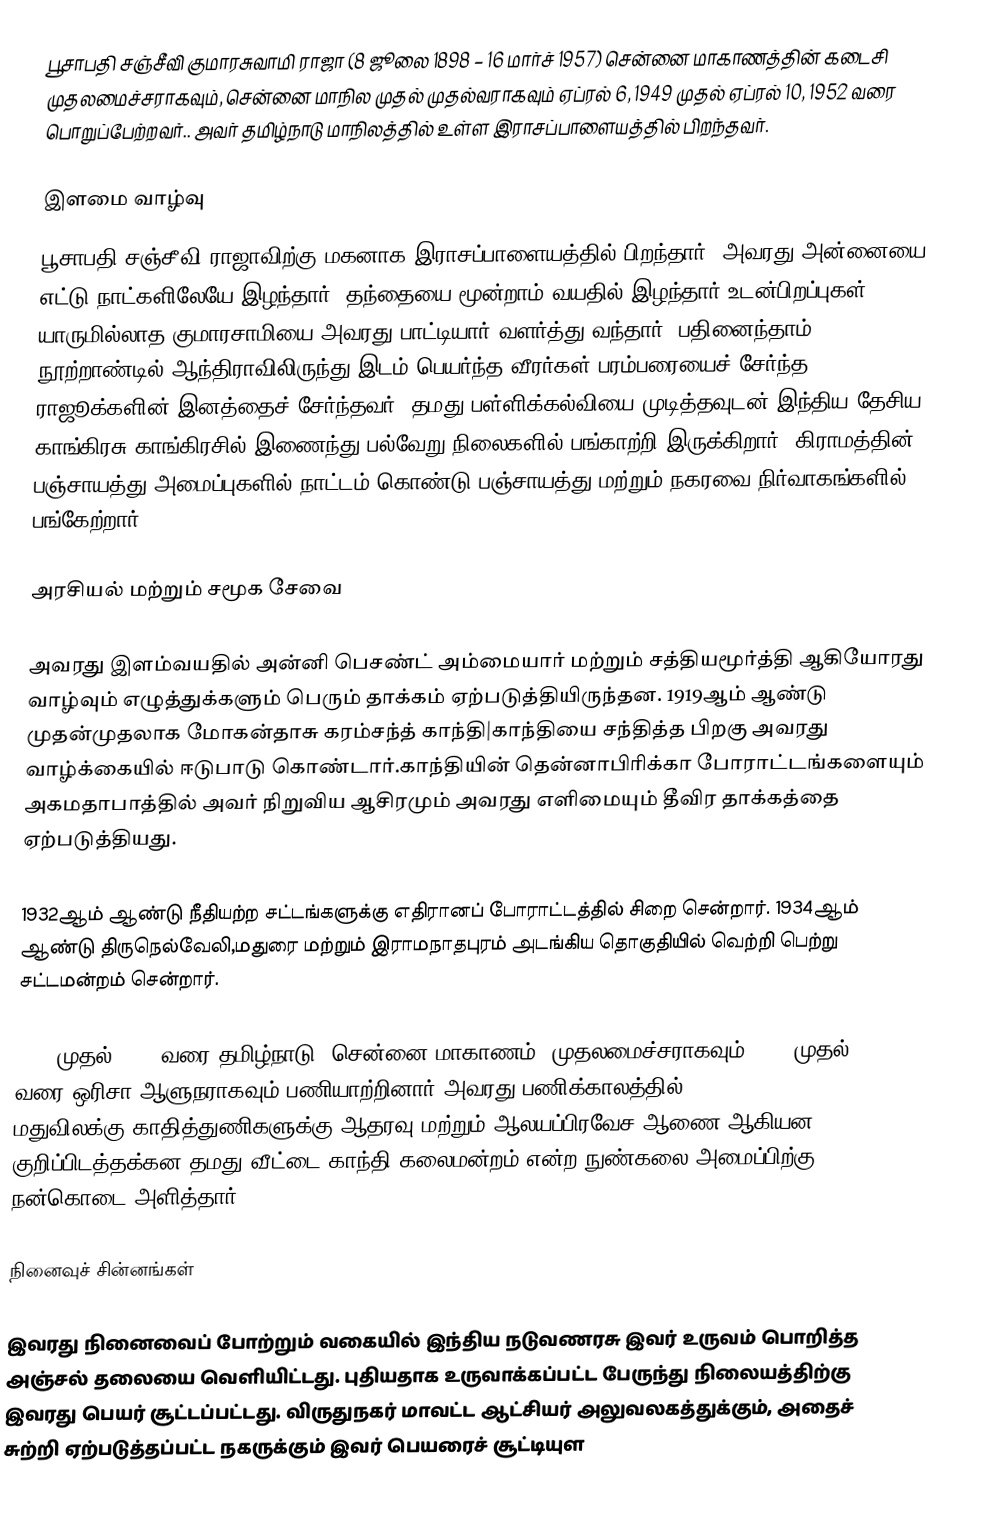
பூசாபதி சஞ்சீவி குமாரசுவாமி ராஜா (8 ஜூலை 1898 – 16 மார்ச் 1957) சென்னை மாகாணத்தின் கடைசி முதலமைச்சராகவும், சென்னை மாநில முதல் முதல்வராகவும்   ஏப்ரல் 6, 1949 முதல் ஏப்ரல் 10, 1952 வரை பொறுப்பேற்றவர்.. அவர் தமிழ்நாடு மாநிலத்தில் உள்ள இராசப்பாளையத்தில் பிறந்தவர்.

இளமை வாழ்வு
பூசாபதி சஞ்சீவி ராஜாவிற்கு மகனாக இராசப்பாளையத்தில் பிறந்தார். அவரது அன்னையை எட்டு நாட்களிலேயே இழந்தார். தந்தையை மூன்றாம் வயதில் இழந்தார்.உடன்பிறப்புகள் யாருமில்லாத குமாரசாமியை அவரது பாட்டியார் வளர்த்து வந்தார். பதினைந்தாம் நூற்றாண்டில் ஆந்திராவிலிருந்து இடம் பெயர்ந்த வீரர்கள் பரம்பரையைச் சேர்ந்த ராஜூக்களின் இனத்தைச் சேர்ந்தவர். தமது பள்ளிக்கல்வியை முடித்தவுடன் இந்திய தேசிய காங்கிரசு|காங்கிரசில் இணைந்து பல்வேறு நிலைகளில் பங்காற்றி இருக்கிறார். கிராமத்தின் பஞ்சாயத்து அமைப்புகளில் நாட்டம் கொண்டு பஞ்சாயத்து மற்றும் நகரவை நிர்வாகங்களில் பங்கேற்றார்.

அரசியல் மற்றும் சமூக சேவை

அவரது இளம்வயதில் அன்னி பெசண்ட் அம்மையார் மற்றும் சத்தியமூர்த்தி ஆகியோரது வாழ்வும் எழுத்துக்களும் பெரும் தாக்கம் ஏற்படுத்தியிருந்தன. 1919ஆம் ஆண்டு முதன்முதலாக மோகன்தாசு கரம்சந்த் காந்தி|காந்தியை சந்தித்த பிறகு அவரது வாழ்க்கையில் ஈடுபாடு கொண்டார்.காந்தியின் தென்னாபிரிக்கா போராட்டங்களையும் அகமதாபாத்தில் அவர் நிறுவிய ஆசிரமும் அவரது எளிமையும் தீவிர தாக்கத்தை ஏற்படுத்தியது.

1932ஆம் ஆண்டு நீதியற்ற சட்டங்களுக்கு எதிரானப் போராட்டத்தில் சிறை சென்றார். 1934ஆம் ஆண்டு திருநெல்வேலி,மதுரை மற்றும் இராமநாதபுரம் அடங்கிய தொகுதியில் வெற்றி பெற்று சட்டமன்றம் சென்றார்.

1949 முதல் 1952 வரை தமிழ்நாடு (சென்னை மாகாணம்) முதலமைச்சராகவும் 1954 முதல் 1956 வரை ஒரிசா ஆளுநராகவும் பணியாற்றினார்.அவரது பணிக்காலத்தில் மதுவிலக்கு,காதித்துணிகளுக்கு ஆதரவு மற்றும் ஆலயப்பிரவேச ஆணை ஆகியன குறிப்பிடத்தக்கன.தமது வீட்டை காந்தி கலைமன்றம் என்ற நுண்கலை அமைப்பிற்கு நன்கொடை அளித்தார்.

நினைவுச் சின்னங்கள்

இவரது நினைவைப் போற்றும் வகையில் இந்திய நடுவணரசு இவர் உருவம்  பொறித்த அஞ்சல் தலையை வெளியிட்டது. புதியதாக உருவாக்கப்பட்ட பேருந்து நிலையத்திற்கு இவரது பெயர் சூட்டப்பட்டது. விருதுநகர் மாவட்ட ஆட்சியர் அலுவலகத்துக்கும், அதைச் சுற்றி ஏற்படுத்தப்பட்ட நகருக்கும் இவர் பெயரைச் சூட்டியுள